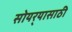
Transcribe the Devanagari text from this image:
सोयर्‍यासाठी